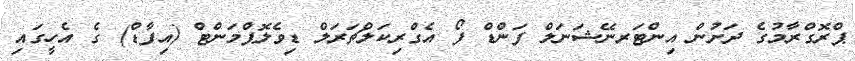
ޕްރޮގްރާމުގެ ދަށުން އިންޓަރނޭޝަނަލް ފަންޑް ފޯ އެގްރިކަލްޗަރަލް ޑިވެލޮޕްމަންޓް (އިފާޑް) ގެ އެހީގައި